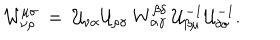
{ \cal W } _ { \nu \rho } ^ { \mu \sigma } \: = \: { \cal U } _ { \nu \alpha } { \cal U } _ { \rho \gamma } \: W _ { \alpha \gamma } ^ { \beta \delta } \: { \cal U } _ { \beta \mu } ^ { - 1 } { \cal U } _ { \delta \sigma } ^ { - 1 } .